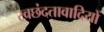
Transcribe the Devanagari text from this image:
स्वछंदतावादियों